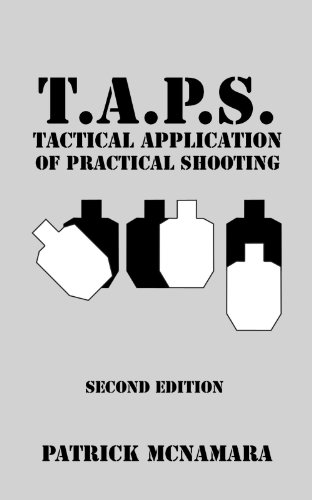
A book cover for T.A.P.S. : Tactical Application of Practical Shooting; Patrick McNamara; Health, Fitness & Dieting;